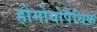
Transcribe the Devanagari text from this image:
होमोयोपैथिक